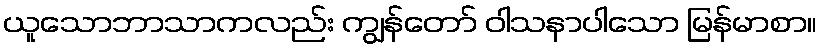
ယူသောဘာသာကလည်း ကျွန်တော် ဝါသနာပါသော မြန်မာစာ။